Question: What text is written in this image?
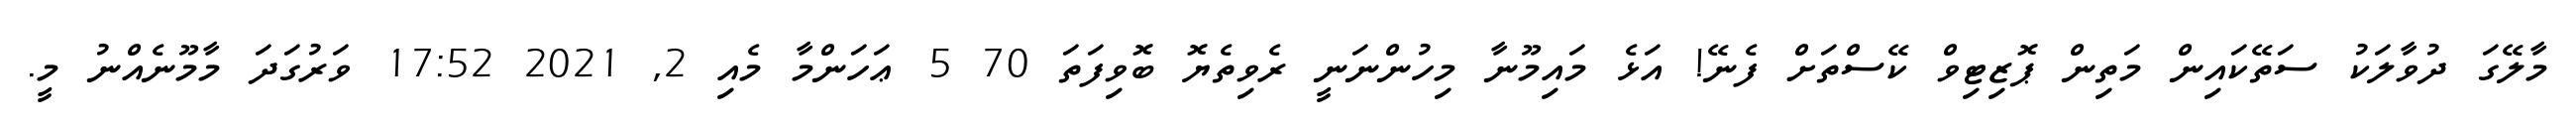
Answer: މާލޭގަ ދުވާލަކު ސަތޭކައިން މަތިން ޕޮޒިޓިވް ކޭސްތަށް ފެނޭ! އަޅެ މައިމޫނާ މިހުންނަނީ ރެވިތެޔޮ ބޮވިފަތަ 70 5 ޢަހަންމާ މެއި 2, 2021 17:52 ވަރުގަދަ މާމޫނެއްނު މީ.